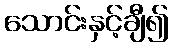
သောင်းနှင့်ချီ၍